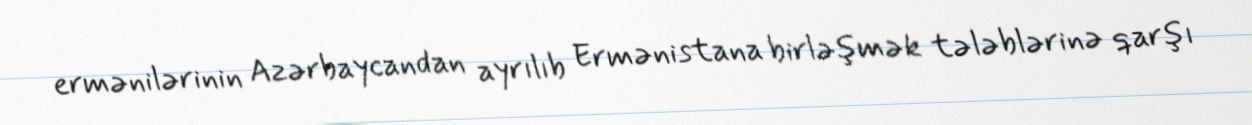
ermənilərinin Azərbaycandan ayrılıb Ermənistana birləşmək tələblərinə qarşı